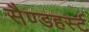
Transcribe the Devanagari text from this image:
सैण्डहर्स्ट